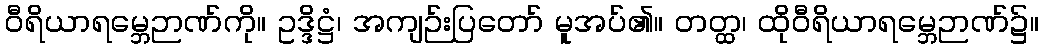
ဝီရိယာရမ္ဘေဉာဏ်ကို။ ဥဒ္ဒိဋ္ဌံ၊ အကျဉ်းပြတော် မူအပ်၏။ တတ္ထ၊ ထိုဝီရိယာရမ္ဘေဉာဏ်၌။